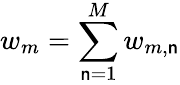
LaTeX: w_{m}=\sum_{\mathsf{n}=1}^{M}w_{m,\mathsf{n}}